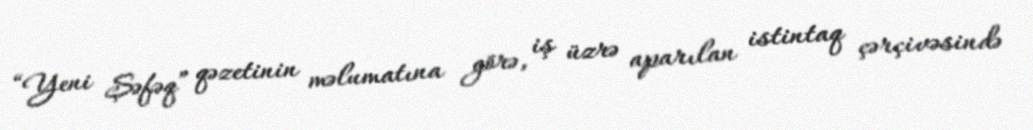
“Yeni Şəfəq” qəzetinin məlumatına görə, iş üzrə aparılan istintaq çərçivəsində